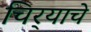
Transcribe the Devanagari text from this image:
चिर्‍याचे